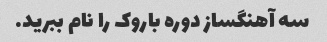
سه آهنگساز دوره باروک را نام ببرید.